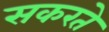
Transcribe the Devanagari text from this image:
सकरते